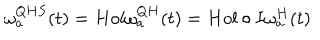
\omega _ { a } ^ { Q H S } ( t ) = H o l \omega _ { a } ^ { Q H } ( t ) = H o l \circ I \omega _ { a } ^ { H } ( t )